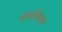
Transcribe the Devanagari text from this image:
अर्थशेयर